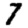
Digit: 7